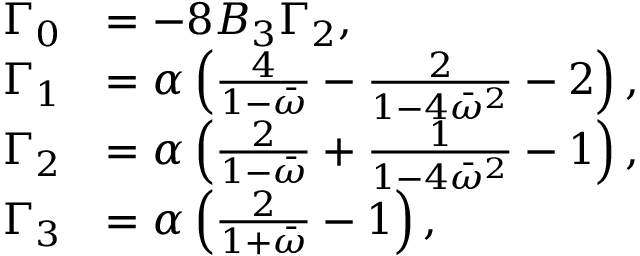
\begin{array} { r l } { \Gamma _ { 0 } } & { = - 8 B _ { 3 } \Gamma _ { 2 } , } \\ { \Gamma _ { 1 } } & { = \alpha \left( \frac { 4 } { 1 - \bar { \omega } } - \frac { 2 } { 1 - 4 \bar { \omega } ^ { 2 } } - 2 \right) , } \\ { \Gamma _ { 2 } } & { = \alpha \left( \frac { 2 } { 1 - \bar { \omega } } + \frac { 1 } { 1 - 4 \bar { \omega } ^ { 2 } } - 1 \right) , } \\ { \Gamma _ { 3 } } & { = \alpha \left( \frac { 2 } { 1 + \bar { \omega } } - 1 \right) , } \end{array}